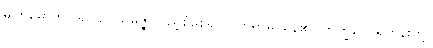
မျက်မှောက်ပြု၍။ ဥပသမ္ပဇ္ဇ၊ ပြည့်စုံစေ၍။ ဝိဟရာမိ၊ နေ၏။ ဘိက္ခဝေ၊ ရဟန်းတို့။